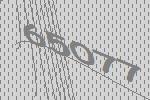
65077